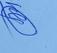
Signature authenticity: genuine